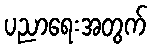
ပညာရေးအတွက်